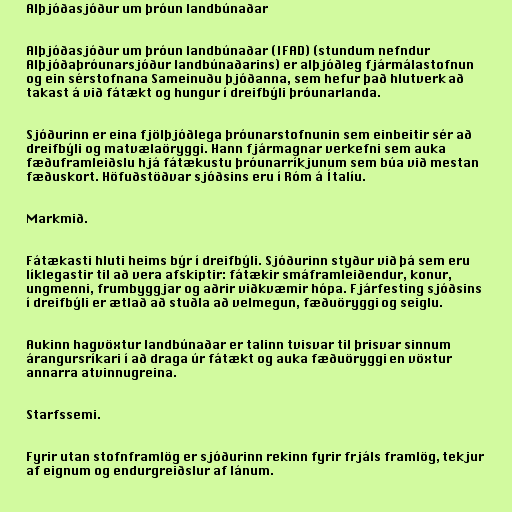
Alþjóðasjóður um þróun landbúnaðar

Alþjóðasjóður um þróun landbúnaðar (IFAD) (stundum nefndur
Alþjóðaþróunarsjóður landbúnaðarins) er alþjóðleg fjármálastofnun
og ein sérstofnana Sameinuðu þjóðanna, sem hefur það hlutverk að
takast á við fátækt og hungur í dreifbýli þróunarlanda.

Sjóðurinn er eina fjölþjóðlega þróunarstofnunin sem einbeitir sér að
dreifbýli og matvælaöryggi. Hann fjármagnar verkefni sem auka
fæðuframleiðslu hjá fátækustu þróunarríkjunum sem búa við mestan
fæðuskort. Höfuðstöðvar sjóðsins eru í Róm á Ítalíu.

Markmið.

Fátækasti hluti heims býr í dreifbýli. Sjóðurinn styður við þá sem eru
líklegastir til að vera afskiptir: fátækir smáframleiðendur, konur,
ungmenni, frumbyggjar og aðrir viðkvæmir hópa. Fjárfesting sjóðsins
í dreifbýli er ætlað að stuðla að velmegun, fæðuöryggi og seiglu.

Aukinn hagvöxtur landbúnaðar er talinn tvisvar til þrisvar sinnum
árangursríkari í að draga úr fátækt og auka fæðuöryggi en vöxtur
annarra atvinnugreina.

Starfssemi.

Fyrir utan stofnframlög er sjóðurinn rekinn fyrir frjáls framlög, tekjur
af eignum og endurgreiðslur af lánum.